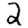
Digit: 2